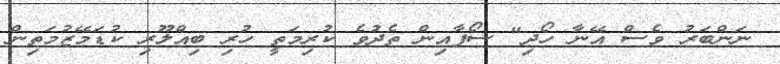
ނަންބަރު ވެސް އޭނާ ހޯދި" ސޯފާއިން ތެދުވެ ކުރިމަތީ ހުރި ބިއްލޫރި ކުޑަމޭޒުމަތިން